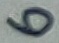
Text: 6